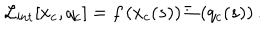
{ \cal L } _ { \mathrm { i n t } } [ x _ { c } , q _ { c } ] = f \left( x _ { c } ( s ) \right) \Xi \left( q _ { c } ( s ) \right) .